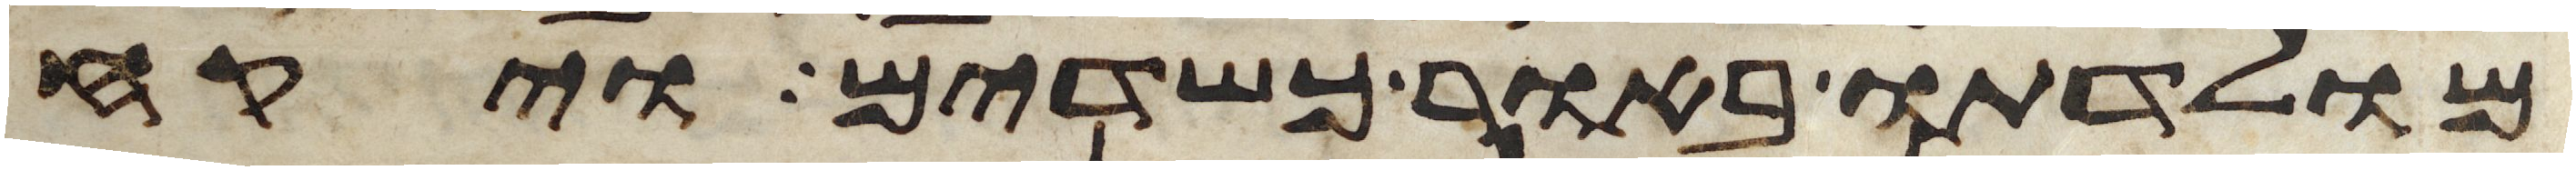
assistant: מולדתו באור כשדים ויקח